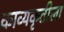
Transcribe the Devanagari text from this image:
काव्यकृतीला